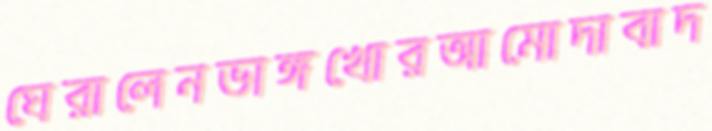
ঘেরালেনভাঙ্গখোরআমোদাবাদ